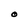
Character: O